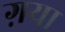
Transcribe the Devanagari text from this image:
ग़या